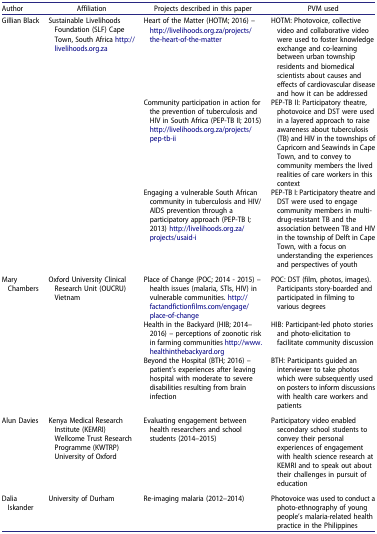
<table><thead><tr><td><b>Author</b></td><td><b>Affiliation</b></td><td><b>Projects described in this paper</b></td><td><b>PVM used</b></td></tr></thead><tbody><tr><td rowspan="3">Gillian Black</td><td rowspan="3">Sustainable Livelihoods Foundation (SLF) Cape Town, South Africa http://livelihoods.org.za</td><td>Heart of the Matter (HOTM; 2016) – http://livelihoods.org.za/projects/the-heart-of-the-matter</td><td>HOTM: Photovoice, collective video and collaborative video were used to foster knowledge exchange and co-learning between urban township residents and biomedical scientists about causes and effects of cardiovascular disease and how it can be addressed</td></tr><tr><td>Community participation in action for the prevention of tuberculosis and HIV in South Africa (PEP-TB II; 2015) http://livelihoods.org.za/projects/pep-tb-ii</td><td>PEP-TB II: Participatory theatre, photovoice and DST were used in a layered approach to raise awareness about tuberculosis (TB) and HIV in the townships of Capricorn and Seawinds in Cape Town, and to convey to community members the lived realities of care workers in this context</td></tr><tr><td>Engaging a vulnerable South African community in tuberculosis and HIV/AIDS prevention through a participatory approach (PEP-TB I; 2013) http://livelihoods.org.za/projects/usaid-i</td><td>PEP-TB I: Participatory theatre and DST were used to engage community members in multi-drug-resistant TB and the association between TB and HIV in the township of Delft in Cape Town, with a focus on understanding the experiences and perspectives of youth</td></tr><tr><td rowspan="3">Mary Chambers</td><td rowspan="3">Oxford University Clinical Research Unit (OUCRU) Vietnam</td><td>Place of Change (POC; 2014 - 2015) – health issues (malaria, STIs, HIV) in vulnerable communities. http://factandfictionfilms.com/engage/place-of-change</td><td>POC: DST (film, photos, images). Participants story-boarded and participated in filming to various degrees</td></tr><tr><td>Health in the Backyard (HIB; 2014–2016) – perceptions of zoonotic risk in farming communities http://www.healthinthebackyard.org</td><td>HIB: Participant-led photo stories and photo-elicitation to facilitate community discussion</td></tr><tr><td>Beyond the Hospital (BTH; 2016) – patient’s experiences after leaving hospital with moderate to severe disabilities resulting from brain infection</td><td>BTH: Participants guided an interviewer to take photos which were subsequently used on posters to inform discussions with health care workers and patients</td></tr><tr><td>Alun Davies</td><td>Kenya Medical Research Institute (KEMRI) Wellcome Trust Research Programme (KWTRP) University of Oxford</td><td>Evaluating engagement between health researchers and school students (2014–2015)</td><td>Participatory video enabled secondary school students to convey their personal experiences of engagement with health science research at KEMRI and to speak out about their challenges in pursuit of education</td></tr><tr><td>Dalia Iskander</td><td>University of Durham</td><td>Re-imaging malaria (2012–2014)</td><td>Photovoice was used to conduct a photo-ethnography of young people’s malaria-related health practice in the Philippines</td></tr></tbody></table>